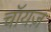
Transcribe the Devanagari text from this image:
चॉयज़